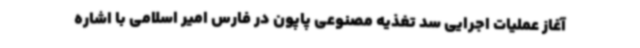
آغاز عملیات اجرایی سد تغذیه مصنوعی پاپون در فارس امیر اسلامی با اشاره